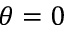
\theta = 0